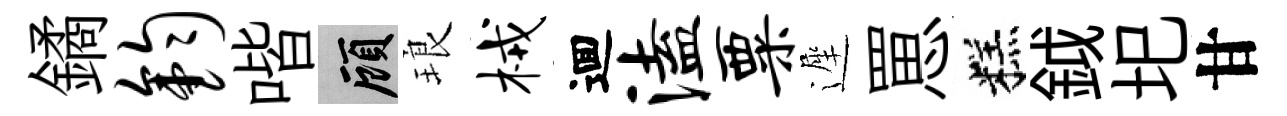
鐍钧喈顧琅械逥溘粟遲罳糕鉞圯甘